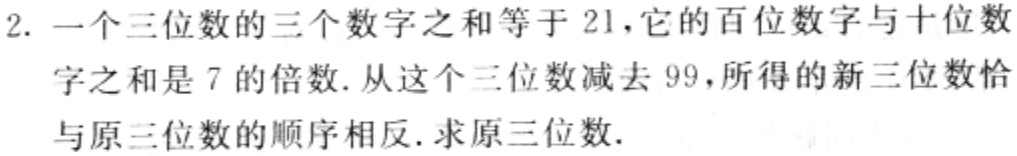
2. 一个三位数的三个数字之和等于 21，它的百位数字与十位数字之和是 7 的倍数. 从这个三位数减去 99，所得的新三位数恰与原三位数的顺序相反. 求原三位数.